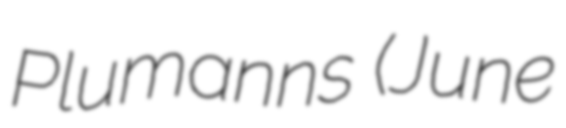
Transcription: Plumanns (June